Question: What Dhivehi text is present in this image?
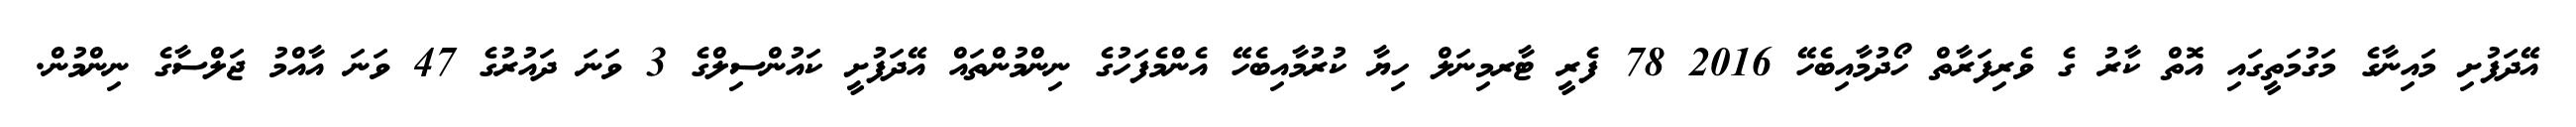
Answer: އޭދަފުށި މައިނާގެ މަގުމަތީގައި އޮތް ކާރު ގެ ވެރިފަރާތް ހޯދުމާއިބެހޭ 2016 78 ފެރީ ޓާރމިނަލް ހިޔާ ކުރުމާއިބެހޭ އެންމެފަހުގެ ނިންމުންތައް އޭދަފުށީ ކައުންސިލްގެ 3 ވަނަ ދައުރުގެ 47 ވަނަ އާއްމު ޖަލްސާގެ ނިންމުން.